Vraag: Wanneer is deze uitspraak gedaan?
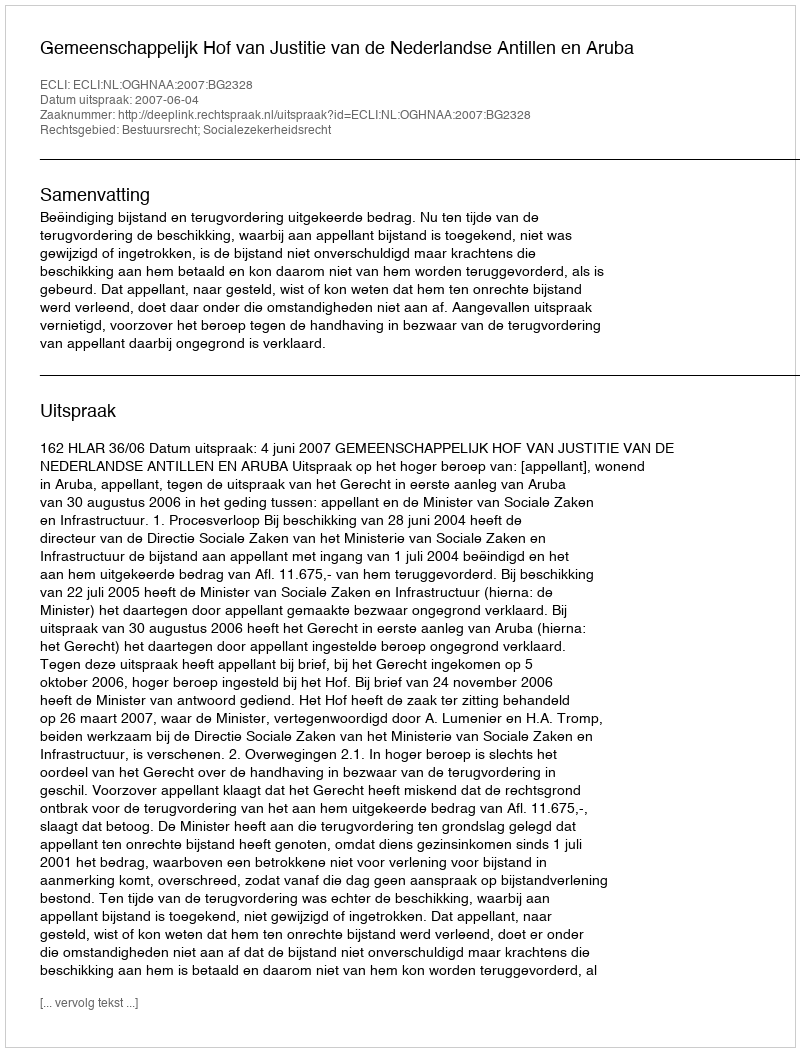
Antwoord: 2007-06-04